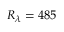
R _ { \lambda } = 4 8 5